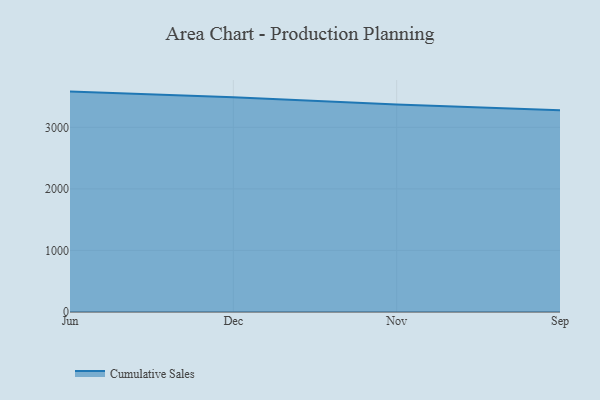
{"axis": {"x": "Month", "y": "Revenue (USD Million)"}, "legend": ["Cumulative Sales"], "data": [{"x": "Jun", "y": 3579.9, "type": "Cumulative Sales"}, {"x": "Dec", "y": 3488.0, "type": "Cumulative Sales"}, {"x": "Nov", "y": 3369.2, "type": "Cumulative Sales"}, {"x": "Sep", "y": 3278.0, "type": "Cumulative Sales"}]}